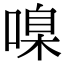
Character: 𠹑